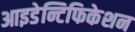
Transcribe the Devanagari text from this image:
आइडेन्टिफिकेशन